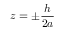
z = \pm \frac { h } { 2 a }